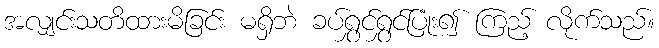
အလျှင်းသတိထားမိခြင်း မရှိဘဲ ခပ်ရွှင်ရွှင်ပြုံး၍ ကြည့် လိုက်သည်။